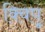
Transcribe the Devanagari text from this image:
क्विपू